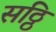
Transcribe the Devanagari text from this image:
सठ्ठि